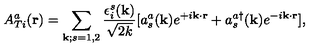
A _ { T i } ^ { a } ( { \bf { r } } ) = \sum _ { { \bf { k } } ; s = 1 , 2 } \frac { \epsilon _ { i } ^ { s } ( { \bf { k } } ) } { \sqrt { 2 k } } [ a _ { s } ^ { a } ( { \bf { k } } ) e ^ { + i { \bf { k } } \cdot { \bf { r } } } + a _ { s } ^ { a \dagger } ( { \bf { k } } ) e ^ { - i { \bf { k } } \cdot { \bf { r } } } ] ,